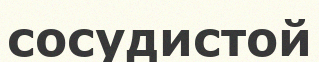
сосудистой